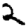
Digit: 2